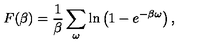
F ( \beta ) = { \frac { 1 } { \beta } } \sum _ { \omega } \ln \left( 1 - e ^ { - \beta \omega } \right) ,